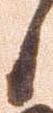
候